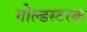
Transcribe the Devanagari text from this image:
गोल्डस्टरक